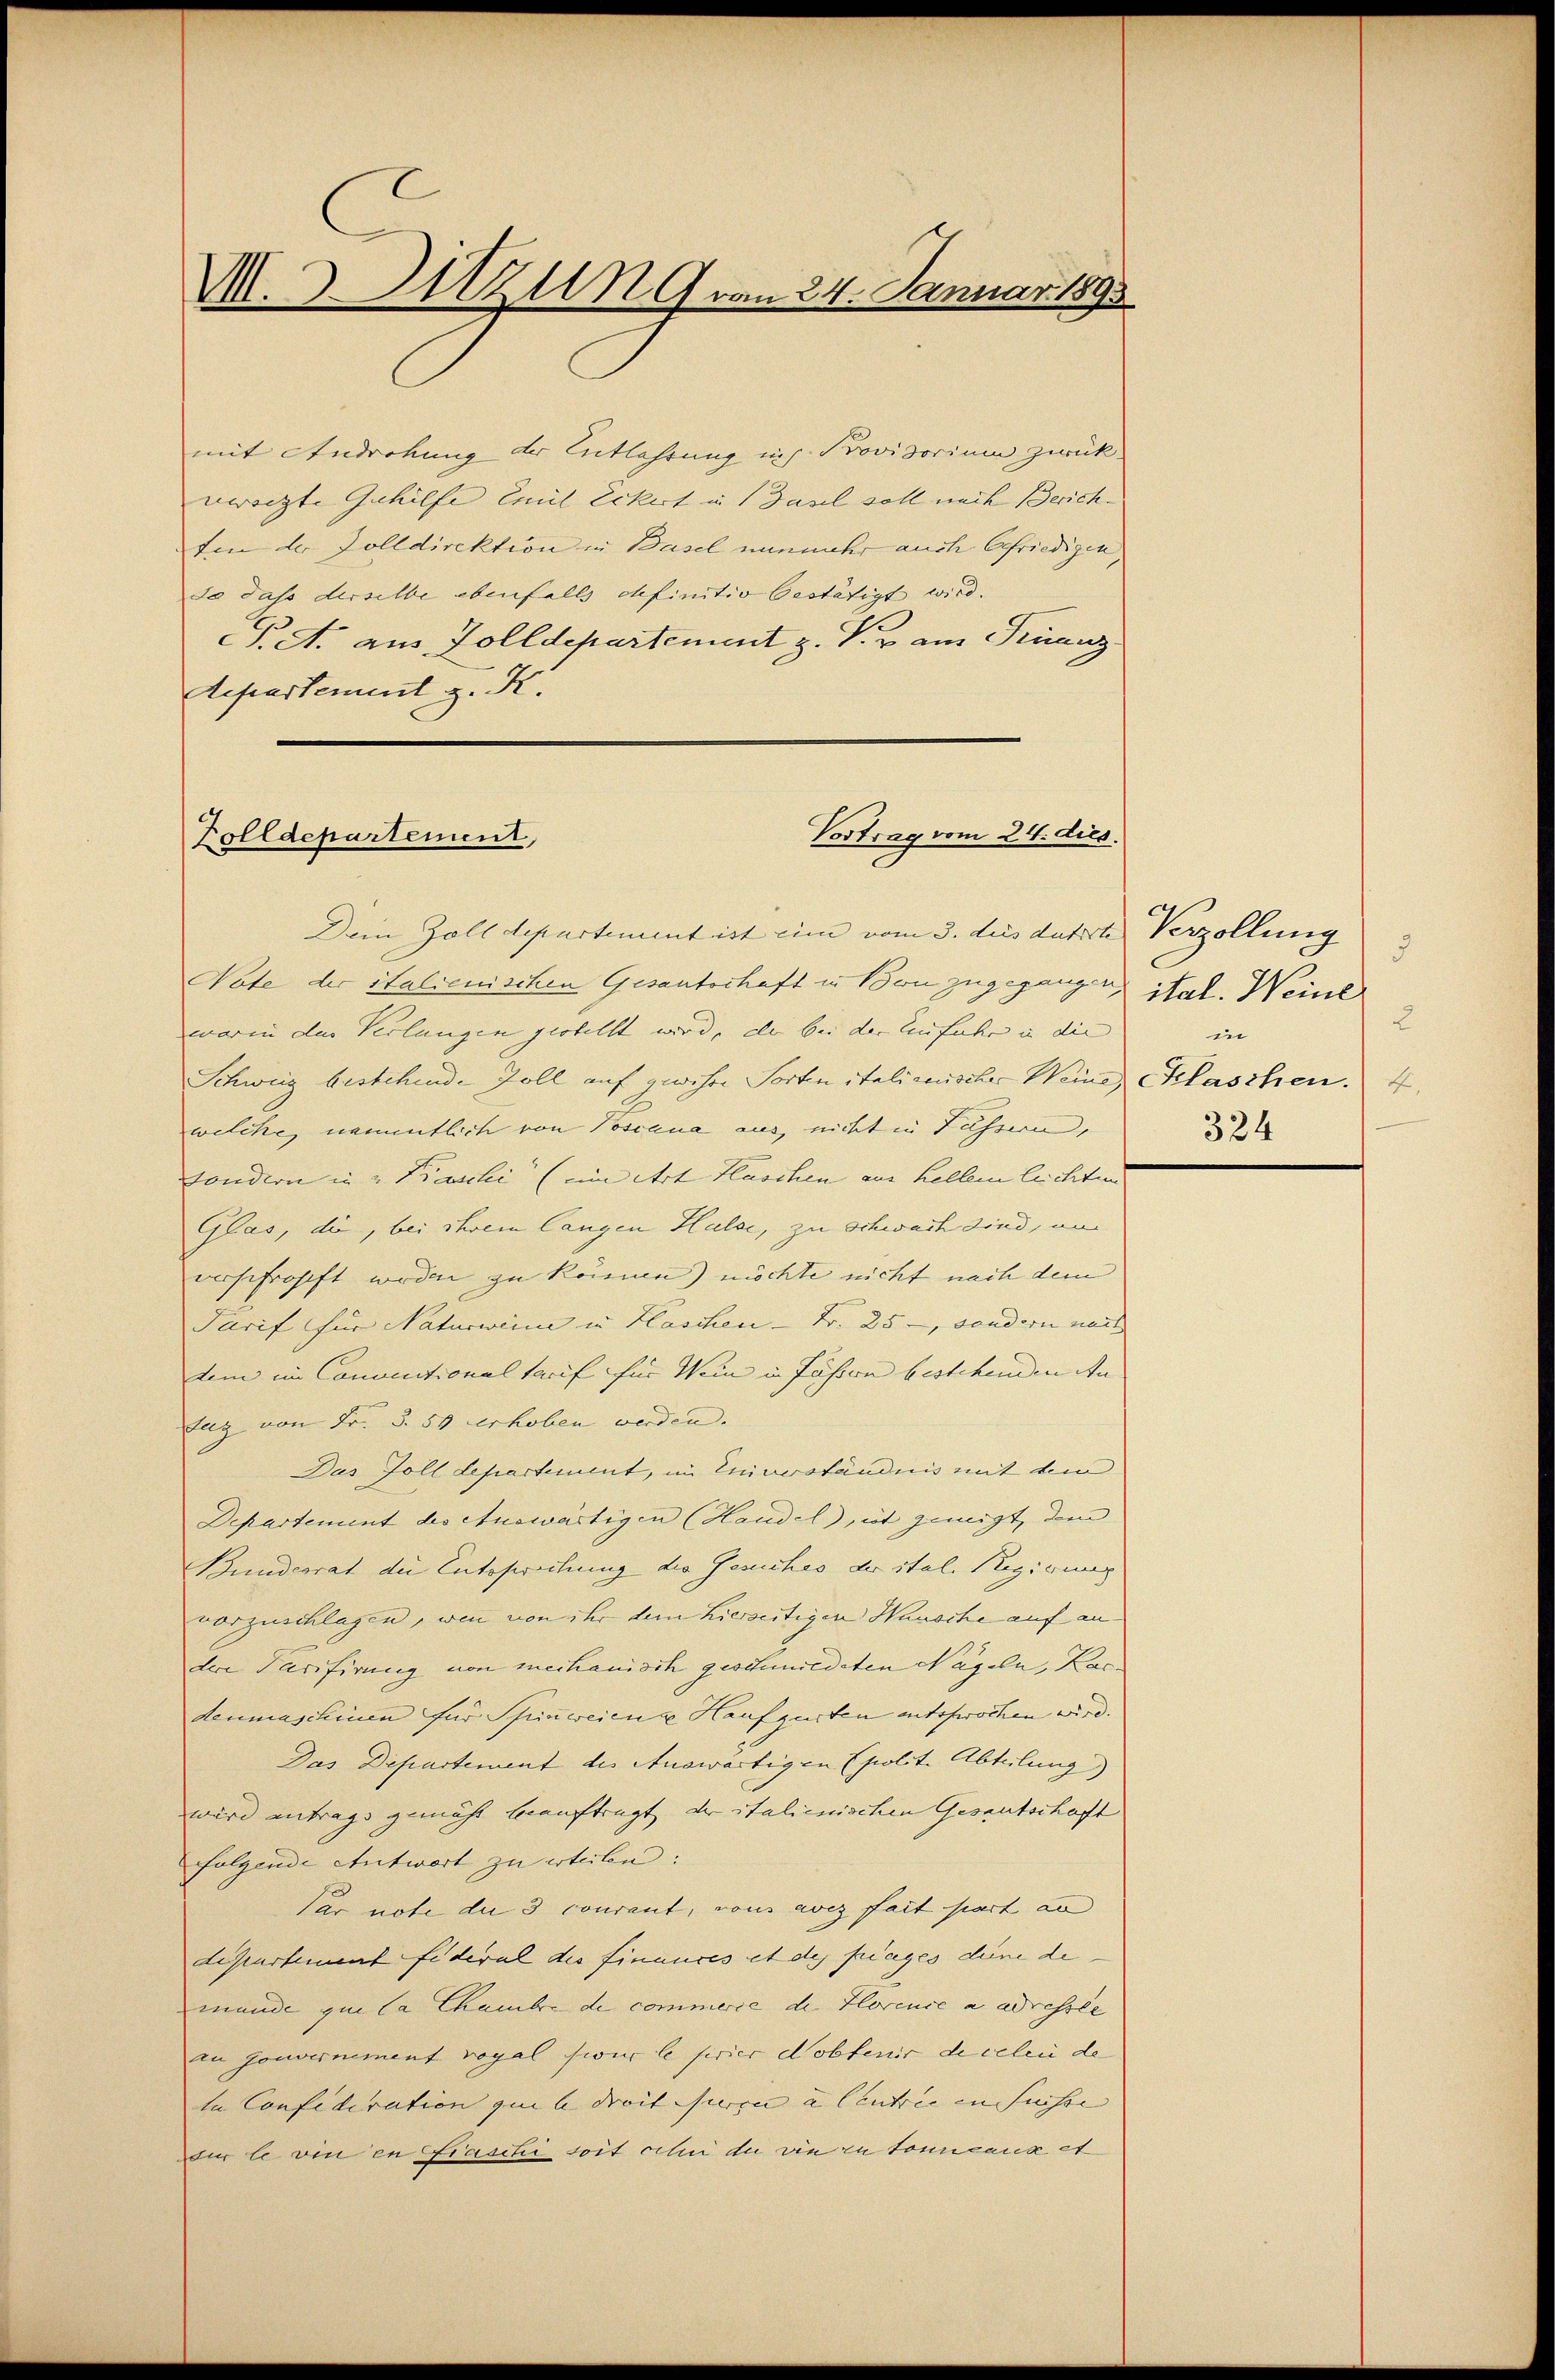
M.3. zu 9 vom 24. Januar 1893

mit Androhung der Entlehrung ins Provisorium zurückversetzte Gehilfe Emil Eckert in Basel soll nach Zürich-
ten der Zolldirektion in Basel nunmehr auch befriedigen,
do dass derselbe ebenfalls definitio bestätigt wird.
CG. A. aus Zolldepartement z. V. v am Finanz
Separtement z. K.

Vortrag vom 24. dies.
Polldepartement,

Dein Zolldepartement ist ein vom 3. des datirte Verzöllung
Note der italienischen Gesantschaft in Bon zugegangen,
worin der Verlangen gestellt wird, als bei der Einfuhr in die
Schweig bestehende Zoll auf gewehre Sorten italienischer Weine Klaschen. 4
welche, namentlich von Voscana aus, nicht in Fuhren,
sondern in u Pauli (im Art Flaschen aus Kellen leichten |
Glas, die, bei ihrem langen Halse, zu schwach sind, an
verschröpft worden zu können) möchte nicht nach dem
Tarif für Naturweine in Haschen - Fr. 25 -, sondern nach
tem im Conventionaltarif für Wein in Fässern bestehenden An
Fug von Fr. § 59 erhoben werden. |
Das Goll departiment, im Einverständnis mit dem
Departement des Auswärtigen (Handel, ist geneigt, dem
Bundesrat die Entsprechung die Gesuches der ital. Regierung
vorzuschlagen, wenn von ihr dem hierseitigen Hausche auf andere Tarifirung von mechanisch geschmiedeten Nageln, Kardenmaschinen für Spizweien z Haufzusten entsprochen wird.
Das Departement des Auswärtigen (polit. Abteilung)
wird antrags gemäht beauftragt der italienischen Gesantschaft
folgende Antwort zu erlebe:
Par note die 3 courant, von avis fait part an
departement fideral die Finances et des frages deine de
mande qui la Chambre de commerie die Florence a adressie
an Gouvernement voyal sur le feier dobtenir de celen de
ta Confederation qui le dreitisieren u. Centrie in Suisse |
fur le vin in raschi soit celui du wie zu tonncanz et

3
ital. Weine
2
in
324